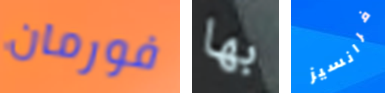
فورمان بها فرانسيز